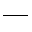
\_